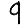
Digit: 9